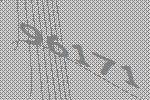
96171